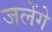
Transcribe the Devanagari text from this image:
जलेंगे